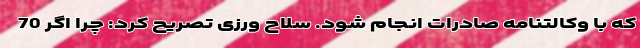
که با وکالتنامه صادرات انجام شود. سلاح ورزی تصریح کرد: چرا اگر 70